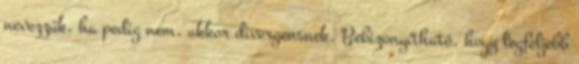
nevezzük, ha pedig nem, akkor divergensnek. Bebizonyítható, hogy legfeljebb